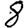
Digit: 8